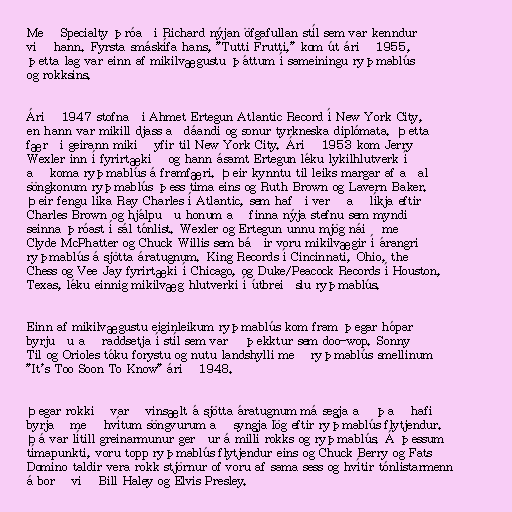
Með Specialty þróaði Richard nýjan öfgafullan stíl sem var kenndur
við hann. Fyrsta smáskífa hans, "Tutti Frutti," kom út árið 1955,
þetta lag var einn af mikilvægustu þáttum í sameiningu ryþmablús
og rokksins.

Árið 1947 stofnaði Ahmet Ertegun Atlantic Record í New York City,
en hann var mikill djass aðdáandi og sonur tyrkneska diplómata. Þetta
færði geirann mikið yfir til New York City. Árið 1953 kom Jerry
Wexler inn í fyrirtækið og hann ásamt Ertegun léku lykilhlutverk í
að koma ryþmablús á framfæri. Þeir kynntu til leiks margar af aðal
söngkonum ryþmablús þess tíma eins og Ruth Brown og Lavern Baker.
Þeir fengu líka Ray Charles í Atlantic, sem hafði verð að líkja eftir
Charles Brown og hjálpuðu honum að finna nýja stefnu sem myndi
seinna þróast í sál tónlist. Wexler og Ertegun unnu mjög náið með
Clyde McPhatter og Chuck Willis sem báðir voru mikilvægir í árangri
ryþmablús á sjötta áratugnum. King Records í Cincinnati, Ohio, the
Chess og Vee Jay fyrirtæki í Chicago, og Duke/Peacock Records í Houston,
Texas, léku einnig mikilvæg hlutverki í útbreiðslu ryþmablús.

Einn af mikilvægustu eiginleikum ryþmablús kom fram þegar hópar
byrjuðu að raddsetja í stíl sem varð þekktur sem doo-wop. Sonny
Til og Orioles tóku forystu og nutu landshylli með ryþmablús smellinum
"It's Too Soon To Know" árið 1948.

Þegar rokkið varð vinsælt á sjötta áratugnum má segja að það hafi
byrjað með hvítum söngvurum að syngja lög eftir ryþmablús flytjendur.
Þá var lítill greinarmunur gerður á milli rokks og ryþmablús. Á þessum
tímapunkti, voru topp ryþmablús flytjendur eins og Chuck Berry og Fats
Domino taldir vera rokk stjörnur of voru af sama sess og hvítir tónlistarmenn
á borð við Bill Haley og Elvis Presley.